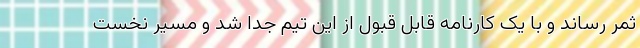
ثمر رساند و با یک کارنامه قابل قبول از این تیم جدا شد و مسیر نخست